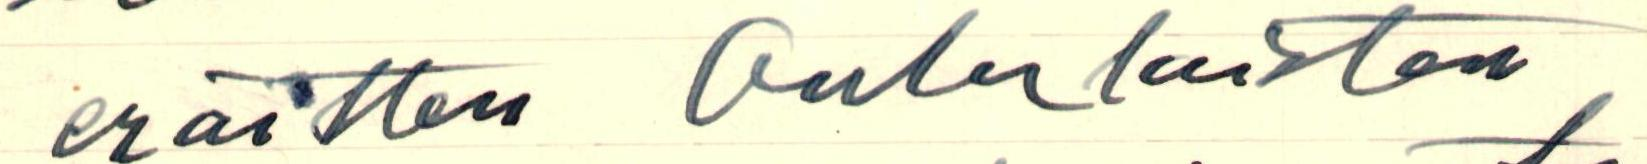
eräitten Oululaisten